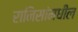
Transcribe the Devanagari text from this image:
रानिसांमधील